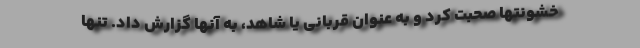
خشونتها صحبت کرد و به عنوان قربانی یا شاهد، به آنها گزارش داد. تنها